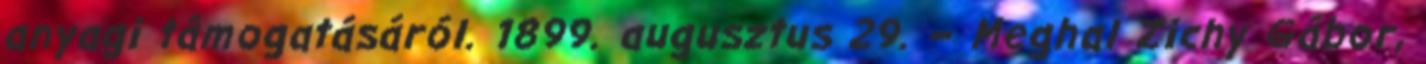
anyagi támogatásáról. 1899. augusztus 29. – Meghal Zichy Gábor,